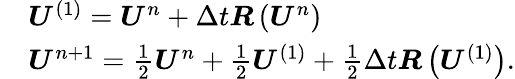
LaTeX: \begin{array}{rl}&{\boldsymbol{U}^{(1)}=\boldsymbol{U}^{n}+\Delta t\boldsymbol{R}\left(\boldsymbol{U}^{n}\right)}\\ &{\boldsymbol{U}^{n+1}=\frac{1}{2}\boldsymbol{U}^{n}+\frac{1}{2}\boldsymbol{U}^{(1)}+\frac{1}{2}\Delta t\boldsymbol{R}\left(\boldsymbol{U}^{(1)}\right).}\end{array}